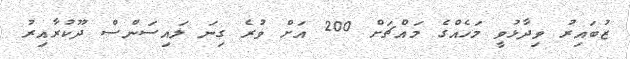
ޒުބައިރު ވިދާޅުވީ މަހެއްގެ މައްޗަށް 200 އަށް ވުރެ ގިނަ ލައިސަންސް ދޫކުރާއިރު